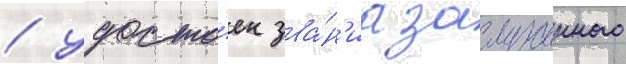
/ удосто́ен зва́н'иа заслуженного